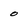
Character: o